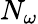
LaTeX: N_{\omega}